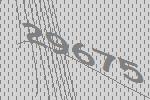
29675